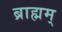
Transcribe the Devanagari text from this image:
ब्राह्मम्